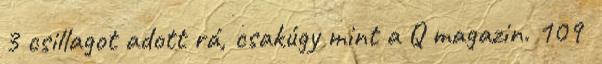
3 csillagot adott rá, csakúgy mint a Q magazin. 109